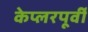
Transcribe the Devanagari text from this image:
केप्लरपूर्वी